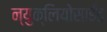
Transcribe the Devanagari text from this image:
न्युक्लियोसाईड